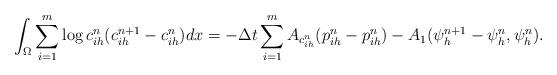
LaTeX: \begin{align*}\int_{\Omega}\sum_{i=1}^m \log c_{ih}^n (c^{n+1}_{ih} -c^{n}_{ih}) dx = - \Delta t \sum_{i=1}^m A_{c_{ih}^n}(p_{ih}^n- p_{ih}^n) -A_1(\psi_{h}^{n+1} -\psi_h^n, \psi_h^n).\end{align*}